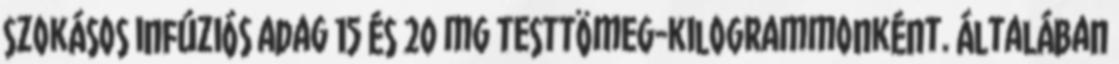
szokásos infúziós adag 15 és 20 mg testtömeg-kilogrammonként. Általában